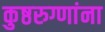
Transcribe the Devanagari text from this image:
कुष्ठरुग्णांना